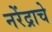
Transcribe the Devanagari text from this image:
नरेंद्राचे